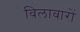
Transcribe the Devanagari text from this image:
विलावारों